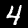
Label: 4